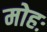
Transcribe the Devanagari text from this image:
मोहः